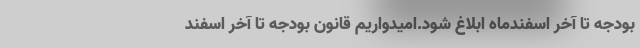
بودجه تا آخر اسفندماه ابلاغ شود.امیدواریم قانون بودجه تا آخر اسفند